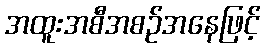
အထူးအစီအစဉ်အနေဖြင့်